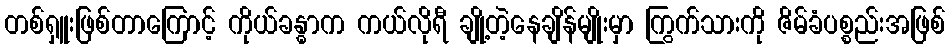
တစ်ရှူးဖြစ်တာကြောင့် ကိုယ်ခန္ဓာက ကယ်လိုရီ ချို့တဲ့နေချိန်မျိုးမှာ ကြွက်သားကို ဇိမ်ခံပစ္စည်းအဖြစ်